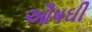
ઔષઘી